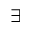
\exists